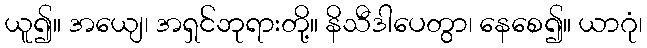
ယူ၍။ အယျေ၊ အရှင်ဘုရားတို့။ နိသီဒါပေတွာ၊ နေစေ၍။ ယာဂုံ၊